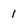
Character: 1